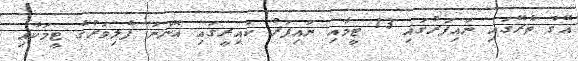
އޭގެ ތެރޭގައި ނައިފަރުގައި 13 ޓީމާއި ނައިފަރު ކައިރީގައި އޮންނަ ފެލިވަރުގެ ޓީމަކާއި